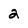
Character: 2